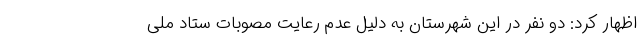
اظهار کرد: دو نفر در این شهرستان به دلیل عدم رعایت مصوبات ستاد ملی